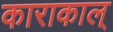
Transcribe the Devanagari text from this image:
काराकाल्